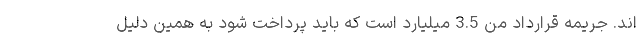
اند. جریمه قرارداد من 3.5 میلیارد است که باید پرداخت شود به همین دلیل